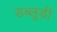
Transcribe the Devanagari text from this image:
डब्लूडी